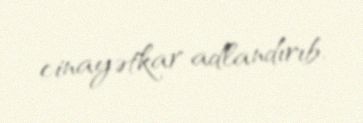
cinayətkar adlandırıb.